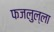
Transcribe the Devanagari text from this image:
फजलुल्ला